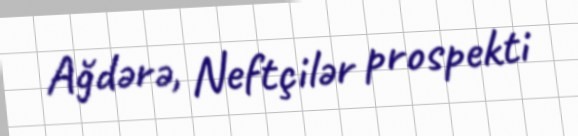
Ağdərə, Neftçilər prospekti